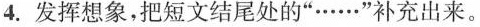
4.发挥想象，把短文结尾处的”……”补充出来。